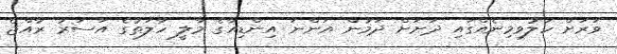
ވަރަށް ހަލުވިމިނެއްގައި ދަށަށް ދަމުން އަންނަ އިންޑިއާގެ މާލީ ހާލަތުގެ އަސަރު ރާއްޖެ